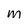
Character: M